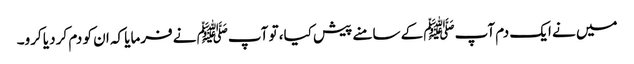
میں نے ایک دم آپﷺ کے سامنے پیش کیا، تو آپﷺ نے فرمایا کہ ان کو دم کر دیا کرو۔